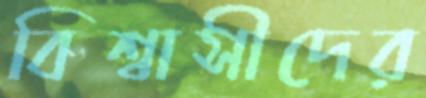
বিশ্বাসীদের